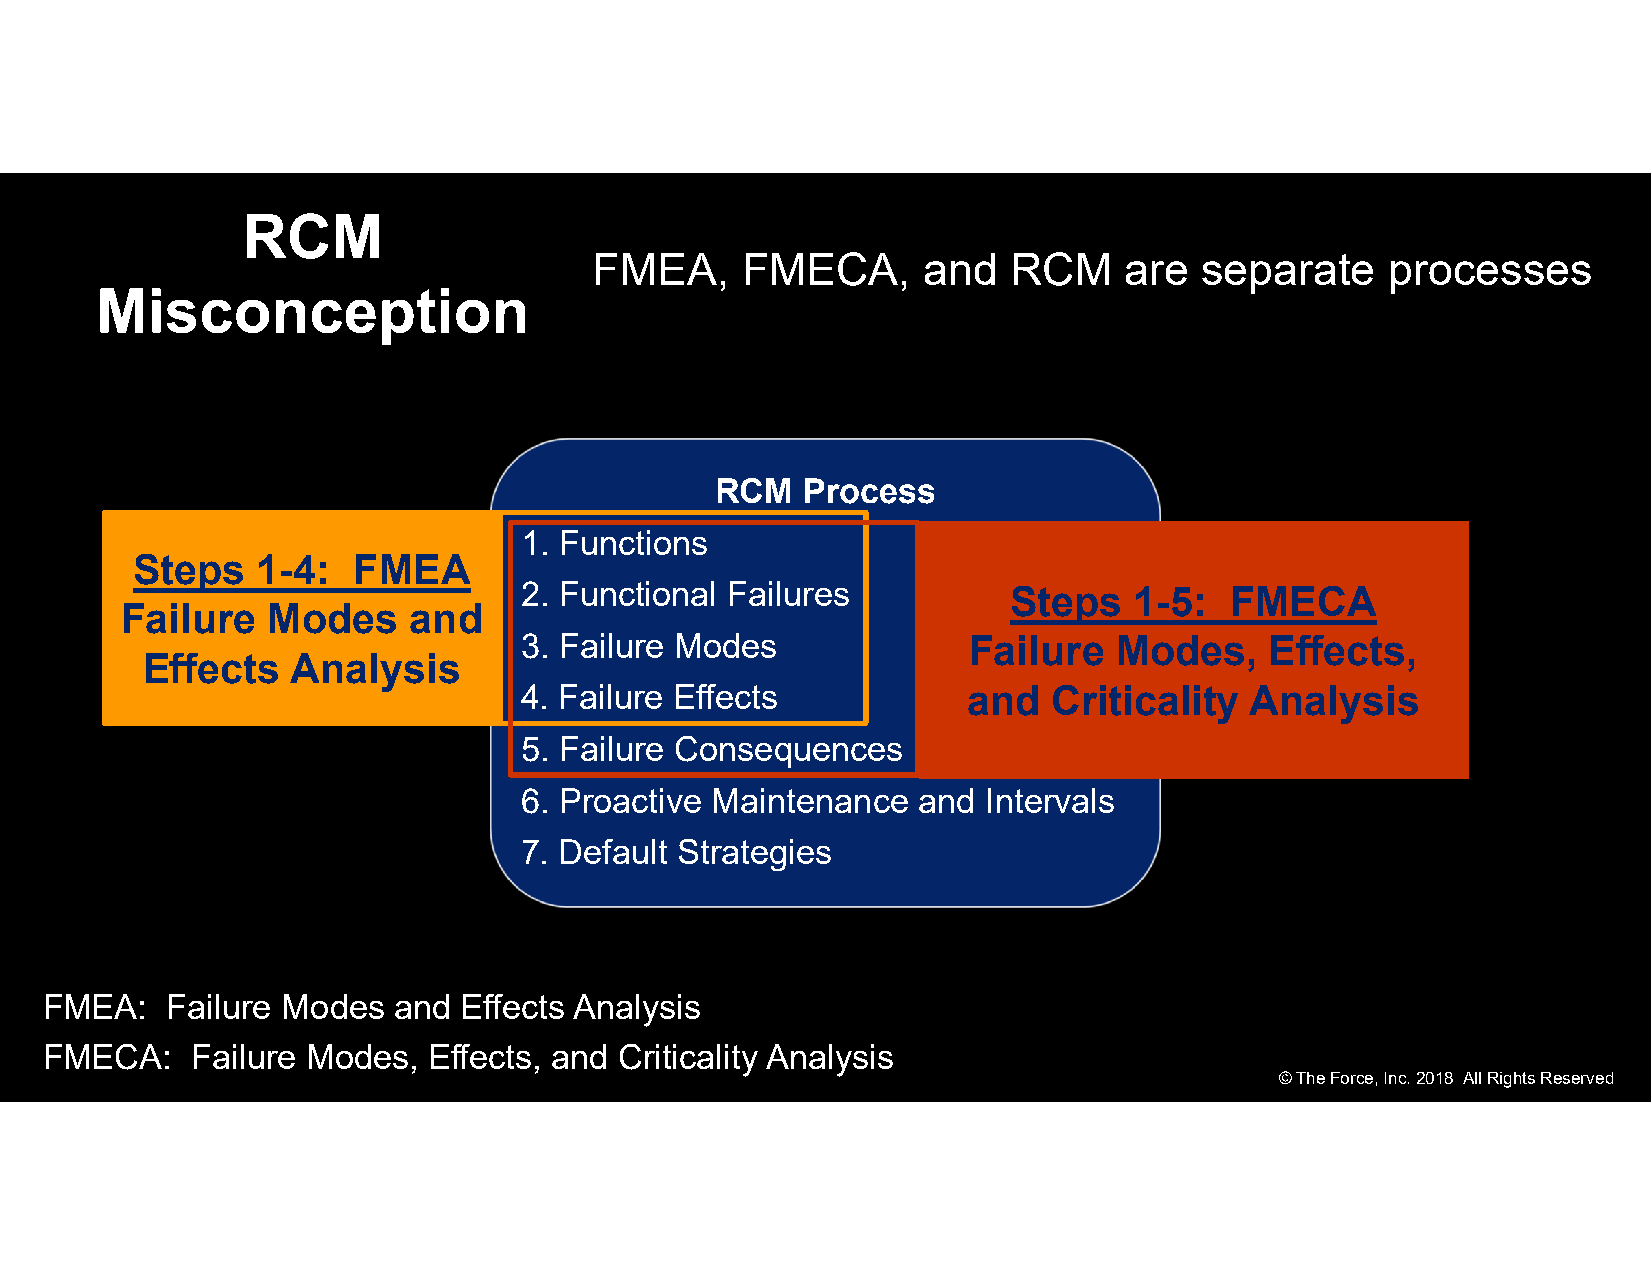
RCM
 FMEA,     FMECA,      and   RCM    are  separate     processes
 Misconception
 RCM   Process
 1. Functions
 Steps   1-4:  FMEA
 2. Functional Failures           Steps   1-5:  FMECA
 Failure   Modes    and
 3. Failure Modes              Failure   Modes,    Effects,
 Effects   Analysis
 4. Failure Effects            and   Criticality  Analysis
 5. Failure Consequences
 6. Proactive Maintenance   and Intervals
 7. Default Strategies
 FMEA:   Failure Modes  and  Effects Analysis
 FMECA:    Failure Modes, Effects, and Criticality Analysis
 © The Force, Inc. 2018 All Rights Reserved